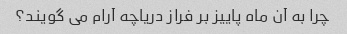
چرا به آن ماه پاییز بر فراز دریاچه آرام می گویند؟